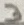
Text: 3